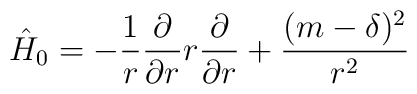
\hat{H}_0= -{1 \over r} {\partial \over {\partial r}} r{\partial \over {\partial r}} +{(m-\delta)^2\over r^2}